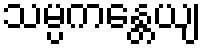
သမ္ပကန္တေယျ